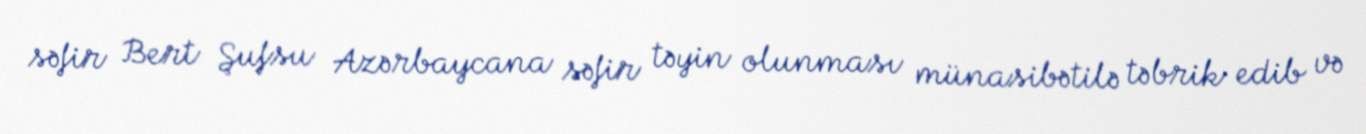
səfir Bert Şufsu Azərbaycana səfir təyin olunması münasibətilə təbrik edib və